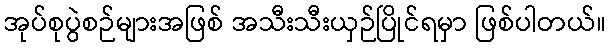
အုပ်စုပွဲစဉ်များအဖြစ် အသီးသီးယှဉ်ပြိုင်ရမှာ ဖြစ်ပါတယ်။